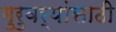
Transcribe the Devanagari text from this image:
गुरुवर्यांसाठी